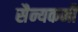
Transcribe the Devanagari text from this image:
सैन्यकर्मी